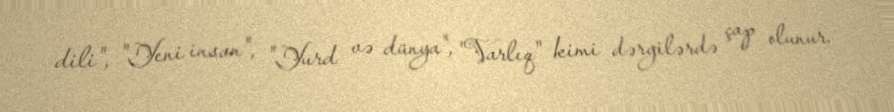
dili", "Yeni insan", "Yurd və dünya", "Varlıq" kimi dərgilərdə çap olunur.